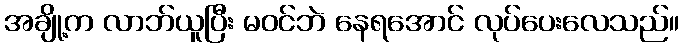
အချို့က လာဘ်ယူပြီး မဝင်ဘဲ နေရအောင် လုပ်ပေးလေသည်။